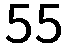
55